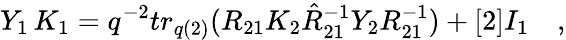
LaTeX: Y_{1}\, K_{1}=q^{-2}tr_{q(2)}(R_{21}K_{2}\hat{R}_{21}^{-1}Y_{2}R_{21}^{-1})+[2]I_{1}\quad,